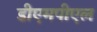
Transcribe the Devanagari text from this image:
डीएमपीएल